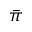
\bar { \pi }